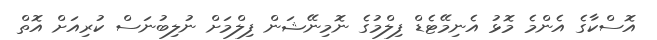
އޮސްކާގެ އެންމެ މޮޅު އެނިމޭޓެޑް ފިލްމުގެ ނޮމިނޭޝަން ފިލްމަށް ނުލިބުނަސް ކުރިއަށް އޮތް